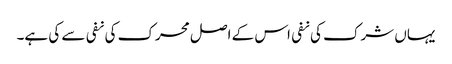
یہاں شرک کی نفی اس کے اصل محرک کی نفی سے کی ہے۔